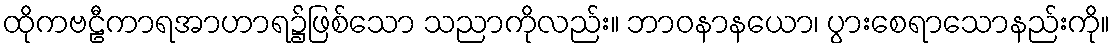
ထိုကဗဠီကာရအာဟာရ၌ဖြစ်သော သညာကိုလည်း။ ဘာဝနာနယော၊ ပွားစေရာသောနည်းကို။